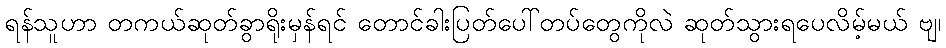
ရန်သူဟာ တကယ်ဆုတ်ခွာရိုးမှန်ရင် တောင်ခါးပြတ်ပေါ်တပ်တွေကိုလဲ ဆုတ်သွားရပေလိမ့်မယ် ဗျ၊